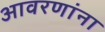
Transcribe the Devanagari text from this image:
आवरणांना